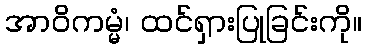
အာဝိကမ္မံ၊ ထင်ရှားပြုခြင်းကို။